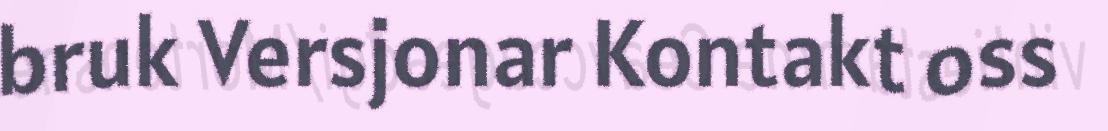
bruk Versjonar Kontakt oss